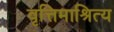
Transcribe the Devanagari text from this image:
वृत्तिमाश्रित्य